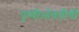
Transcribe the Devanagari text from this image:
पृथ्वीभोवतीची